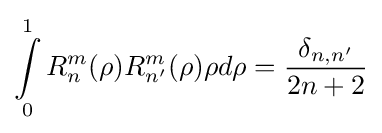
{\underset {0}{\overset {1}{\mathop {\int } }}}\,R_{n}^{m}(\rho )R_{{n}'}^{m}(\rho )\rho d\rho ={\frac {{\delta }_{n,{n}'}}{2n+2}}